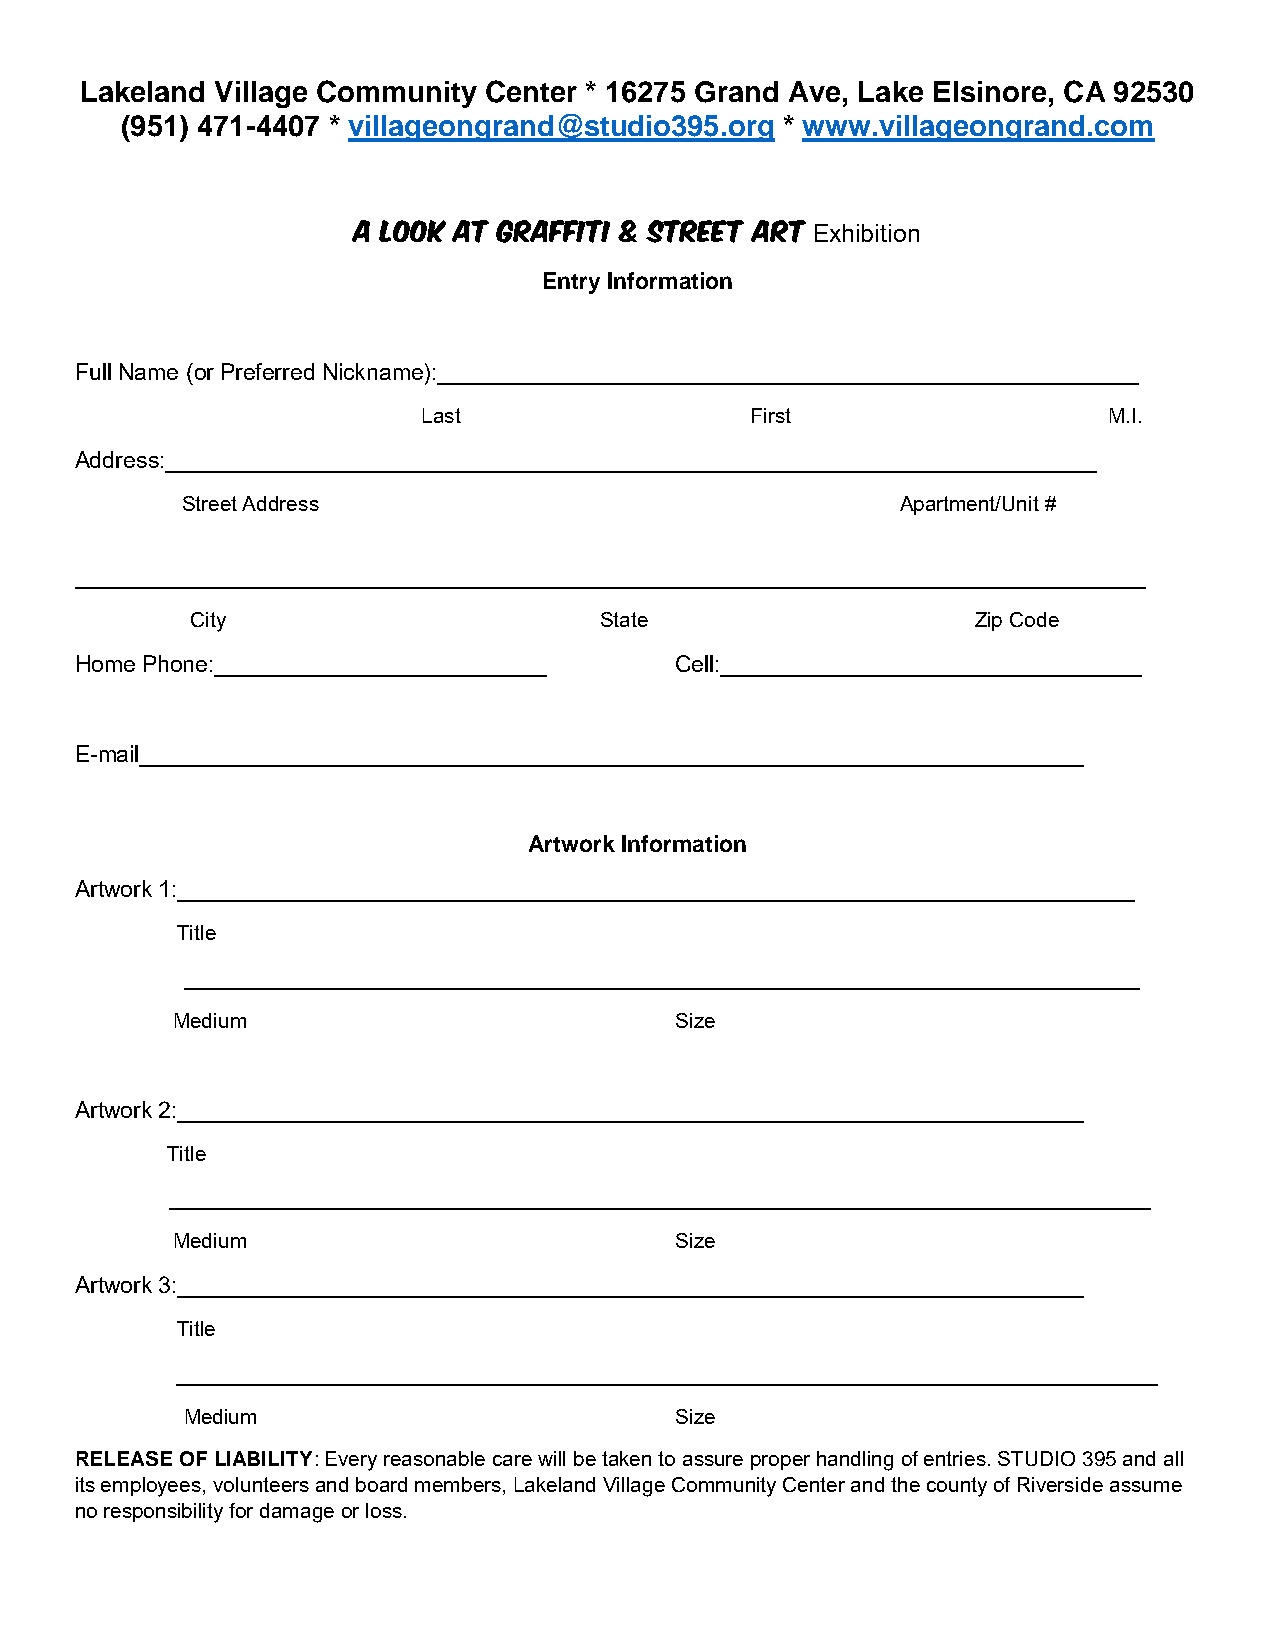
Lakeland Village Community Center * 16275 Grand Ave, Lake Elsinore, CA 92530
 (951) 471-4407 * villageongrand@studio395.org * www.villageongrand.com
 A Look At Graffiti & Street Art
 Exhibition
 Entry Information
 Full Name (or Preferred Nickname):_______________________________________________________
 Last                  First                  M.I.
 Address:_________________________________________________________________________
 Street Address                                  Apartment/Unit #
 ____________________________________________________________________________________
 City                       State                    Zip Code
 Home Phone:__________________________   Cell:_________________________________
 E-mail__________________________________________________________________________
 Artwork Information
 Artwork 1:___________________________________________________________________________
 Title
 ___________________________________________________________________________
 Medium                            Size
 Artwork 2:_______________________________________________________________________
 Title
 _____________________________________________________________________________
 Medium                            Size
 Artwork 3:_______________________________________________________________________
 Title
 _____________________________________________________________________________
 Medium                           Size
 RELEASE OF LIABILITY: Every reasonable care will be taken to assure proper handling of entries. STUDIO 395 and all
 its employees, volunteers and board members, Lakeland Village Community Center and the county of Riverside assume
 no responsibility for damage or loss.